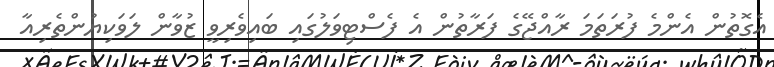
އެގޮތުން އެންމެ ފުރަތަމަ ރާއްޖޭގެ ފަރާތުން އެ ފެސްޓިވަލުގައި ބައިވެރިވީ ޒުވާން ލަވަކިޔުންތެރިއާ